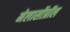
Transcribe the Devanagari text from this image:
मेलार्सोप्रॉल